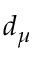
d _ { \mu }